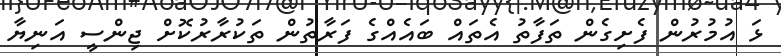
ޅަ އުމުރުން ފެށިގެން ތަފާތު އެތައް ބައެއްގެ ފަރާތުން ތަކުރާރުކޮށް ޖިންސީ އަނިޔާ